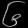
Digit: ၆